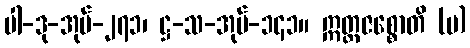
ပါ-ဒု-အုပ်-၂၇၁၊ ဋ္ဌ-သ-အုပ်-၁၄၁။ ဣတ္တဇစ္စောတိ (ပ)